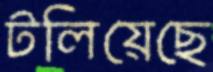
টলিয়েছে